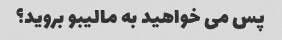
پس می خواهید به مالیبو بروید؟